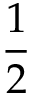
\frac 1 2